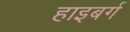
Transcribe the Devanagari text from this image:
हाइबर्ग